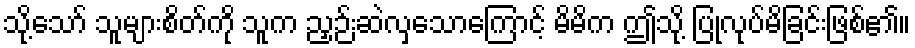
သို့သော် သူများစိတ်ကို သူက ညှဉ်းဆဲလှသောကြောင့် မိမိက ဤသို့ ပြုလုပ်မိခြင်းဖြစ်၏။